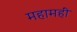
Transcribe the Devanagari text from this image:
महामहीं